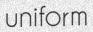
uniform